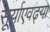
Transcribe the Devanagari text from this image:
सूर्याएवढ्या